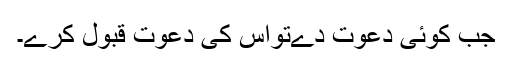
جب کوئی دعوت دےتواس کی دعوت قبول کرے۔